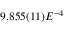
9 . 8 5 5 ( 1 1 ) E ^ { - 4 }